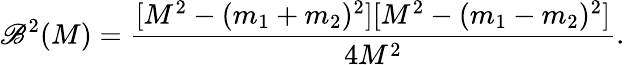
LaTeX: {\mathscr{B}^{2}(M)}=\frac{{[M^{2}-(m_{1}+m_{2})^{2}][M^{2}-(m_{1}-m_{2})^{2}]}}{{4M^{2}}}.